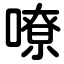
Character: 嘹